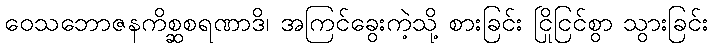
ဝေသဘောဇနကိစ္ဆစရဏာဒိ၊ အကြင်ခွေးကဲ့သို့ စားခြင်း ငြိုငြင်စွာ သွားခြင်း